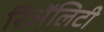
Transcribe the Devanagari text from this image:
रिअॅलिटी